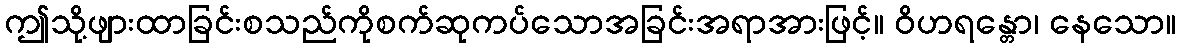
ဤသို့ဖျားထာခြင်းစသည်ကိုစက်ဆုကပ်သောအခြင်းအရာအားဖြင့်။ ဝိဟရန္တော၊ နေသော။